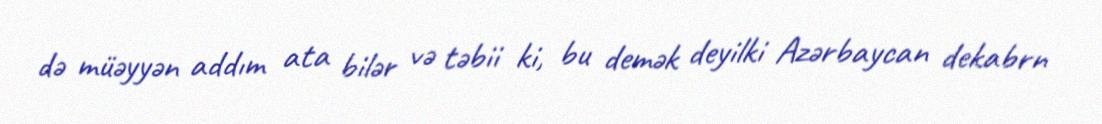
də müəyyən addım ata bilər və təbii ki, bu demək deyilki Azərbaycan dekabrn